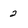
Character: 2